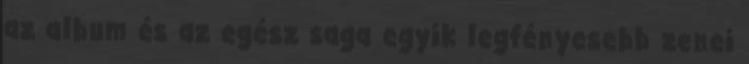
az album és az egész saga egyik legfényesebb zenei